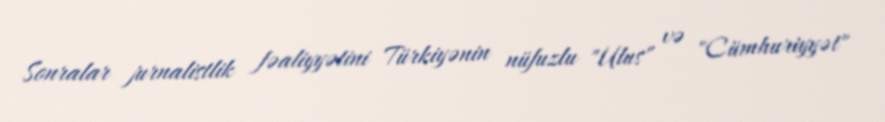
Sonralar jurnalistlik fəaliyyətini Türkiyənin nüfuzlu "Ulus" və "Cümhuriyyət"